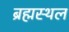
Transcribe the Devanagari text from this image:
ब्रह्मस्थल